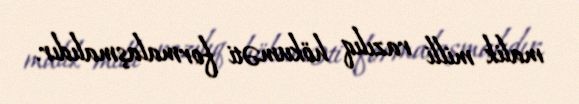
malik milli razılıq hökuməti formalaşmalıdır.